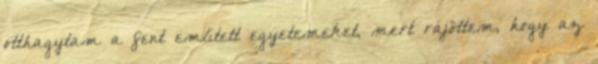
otthagytam a fent említett egyetemeket, mert rájöttem, hogy az